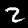
Label: 2